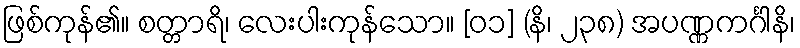
ဖြစ်ကုန်၏။ စတ္တာရိ၊ လေးပါးကုန်သော။ [၀၁] (နိ၊ ၂၃၈) အပဏ္ဏကင်္ဂါနိ၊